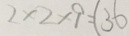
2 \times 2 \times 9 = ( 3 6